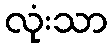
လုံးသာ